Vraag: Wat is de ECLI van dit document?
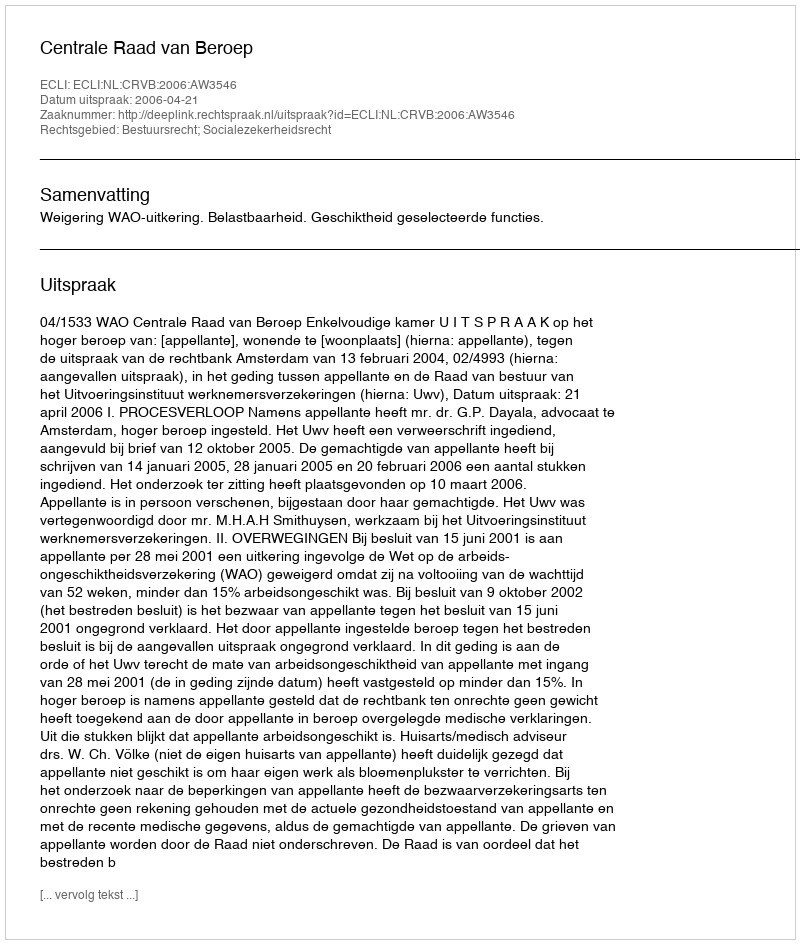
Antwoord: ECLI:NL:CRVB:2006:AW3546